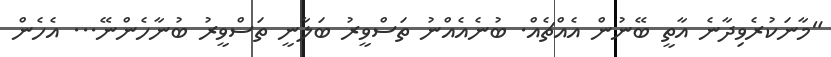
"މާނަކުރެވިދާނެ އާތީ ބޭނުން އެއްޗެއް. ބުނެއެއްނު ތަސްވީރު ބަލާނީ ތަސްވީރު ބުނާހެންނޭ... އެހެން